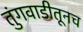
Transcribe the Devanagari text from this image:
तुंगवाडीतूनच